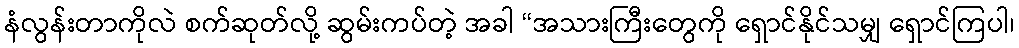
နံလွန်းတာကိုလဲ စက်ဆုတ်လို့ ဆွမ်းကပ်တဲ့ အခါ “အသားကြီးတွေကို ရှောင်နိုင်သမျှ ရှောင်ကြပါ၊